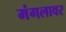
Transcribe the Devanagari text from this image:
मंगलावर